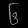
Digit: ၆